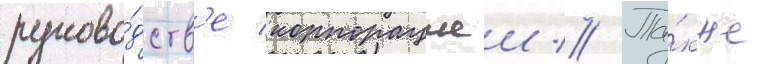
руково́дств'е корпорациеи // Та́кже